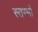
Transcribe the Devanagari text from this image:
स्‍तम्‍भों